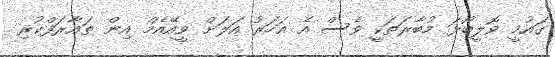
ގައުމީ ވޮލީބޯޅަ މުބާރަތަކީ ވެސް އެ އަހަރު އަލަށް ވީއޭއެމް އިން ތައާރަފްކުރި